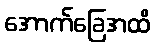
အောက်ခြေအထိ